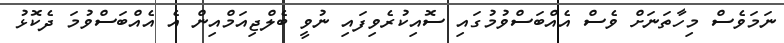
ނަމަވެސް މިހާތަނަށް ވެސް އެއްބަސްވުމުގައި ސޮއިކުރެވިފައި ނުވީ ބެލްޖިއަމްއިން އެ އެއްބަސްވުމަ ދެކޮޅު